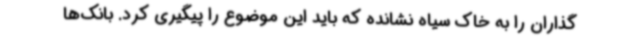
گذاران را به خاک سیاه نشانده که باید این موضوع را پیگیری کرد. بانک‌ها